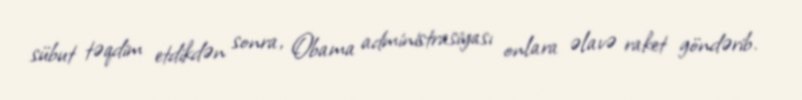
sübut təqdim etdikdən sonra, Obama administrasiyası onlara əlavə raket göndərib.